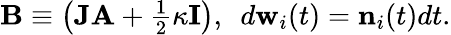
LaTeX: \begin{array}{r}{{\mathbf B}\equiv\big({{\mathbf J}{\mathbf A}+\frac{1}{2}\kappa{\mathbf I}}\big),\ \ d{\mathbf w}_{i}(t)={\mathbf n}_{i}(t)dt.}\end{array}